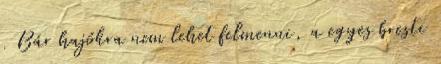
. Bár hajókra nem lehet felmenni, a egyes bresti